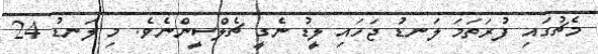
މެޗުގައި ފުރަތަމަ ލަނޑު ޖަހައި ލީޑު ނެގީ ޗެލްސީންނެވެ. މި ލަނޑު 24